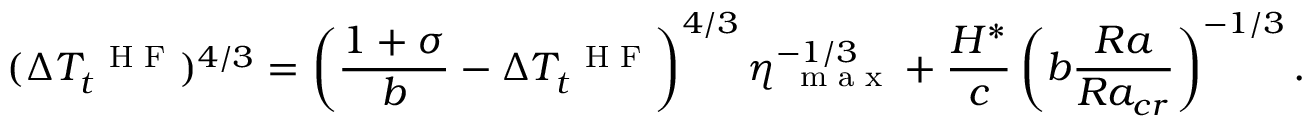
( \Delta T _ { t } ^ { \mathrm { ~ \scriptsize ~ H ~ F ~ } } ) ^ { 4 / 3 } = \left( \frac { 1 + \sigma } { b } - \Delta T _ { t } ^ { \mathrm { ~ \scriptsize ~ H ~ F ~ } } \right) ^ { 4 / 3 } \eta _ { \mathrm { ~ \scriptsize ~ m ~ a ~ x ~ } } ^ { - 1 / 3 } + \frac { H ^ { * } } { c } \left( b \frac { R a } { R a _ { c r } } \right) ^ { - 1 / 3 } .